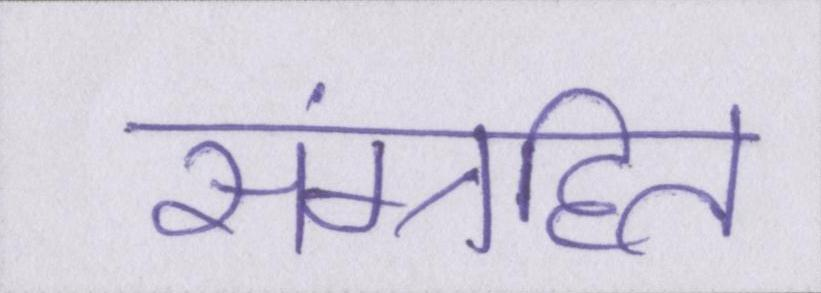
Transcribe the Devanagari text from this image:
संग्रहित